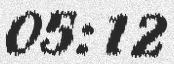
05:12